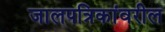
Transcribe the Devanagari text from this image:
जालपत्रिकांवरील